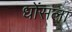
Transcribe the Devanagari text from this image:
धोंसला